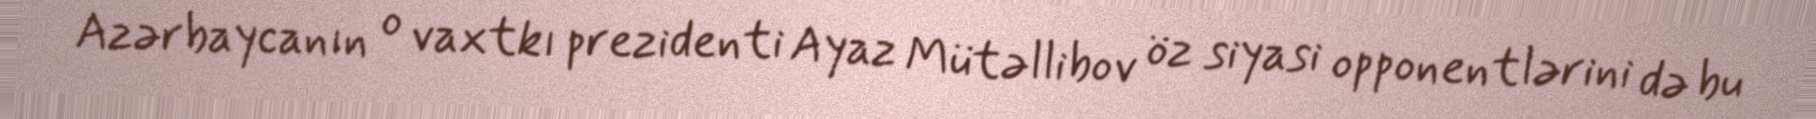
Azərbaycanın o vaxtkı prezidenti Ayaz Mütəllibov öz siyasi opponentlərini də bu